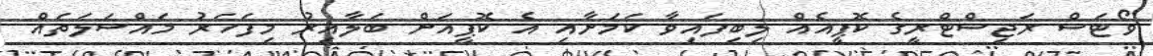
ވޯޓަސް ރަޖިސްޓްރީގެ ކޮޕީއެއް ލިބިފައިވާ ކަމަށާއި އެ ކޮޕީއަށް ބަލާއިރު މިފަހަރު މައްސަލަތައް